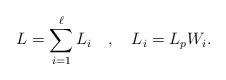
LaTeX: \begin{align*}L=\sum_{i=1}^\ell L_i\quad ,\quad L_i=L_pW_i. \end{align*}